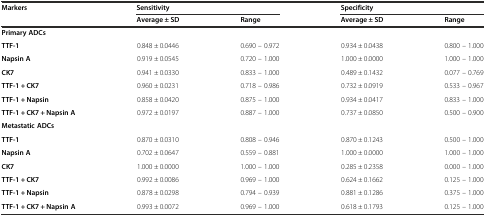
| <ROWSPAN=2> Markers | <COLSPAN=2> Sensitivity | <COLSPAN=2> Specificity |
 | Average ± SD | Range | Average ± SD | Range |
 | --- | --- | --- | --- | --- |
 | <COLSPAN=5> Primary ADCs |
 | TTF-1 | 0.848 ± 0.0446 | 0.690 – 0.972 | 0.934 ± 0.0438 | 0.800 – 1.000 |
 | Napsin A | 0.919 ± 0.0545 | 0.720 – 1.000 | 1.000 ± 0.0000 | 1.000 – 1.000 |
 | CK7 | 0.941 ± 0.0330 | 0.833 – 1.000 | 0.489 ± 0.1432 | 0.077 – 0.769 |
 | TTF-1 + CK7 | 0.960 ± 0.0231 | 0.718 – 0.986 | 0.732 ± 0.0919 | 0.533 – 0.967 |
 | TTF-1 + Napsin | 0.858 ± 0.0420 | 0.875 – 1.000 | 0.934 ± 0.0417 | 0.833 – 1.000 |
 | TTF-1 + CK7 + Napsin A | 0.972 ± 0.0197 | 0.887 – 1.000 | 0.737 ± 0.0850 | 0.500 – 0.900 |
 | <COLSPAN=5> Metastatic ADCs |
 | TTF-1 | 0.870 ± 0.0310 | 0.808 – 0.946 | 0.870 ± 0.1243 | 0.500 – 1.000 |
 | Napsin A | 0.702 ± 0.0647 | 0.559 – 0.881 | 1.000 ± 0.0000 | 1.000 – 1.000 |
 | CK7 | 1.000 ± 0.0000 | 1.000 – 1.000 | 0.285 ± 0.2358 | 0.000 – 1.000 |
 | TTF-1 + CK7 | 0.992 ± 0.0086 | 0.969 – 1.000 | 0.624 ± 0.1662 | 0.125 – 1.000 |
 | TTF-1 + Napsin | 0.878 ± 0.0298 | 0.794 – 0.939 | 0.881 ± 0.1286 | 0.375 – 1.000 |
 | TTF-1 + CK7 + Napsin A | 0.993 ± 0.0072 | 0.969 – 1.000 | 0.618 ± 0.1793 | 0.125 – 1.000 |